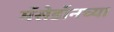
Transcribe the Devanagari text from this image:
मॅसेडॉनच्या